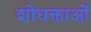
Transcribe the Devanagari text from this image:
शोधक्ताओं